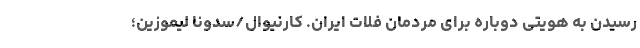
رسیدن به هویتی دوباره برای مردمان فلات ایران. کارنیوال/سدونا لیموزین؛